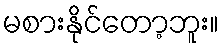
မစားနိုင်တော့ဘူး။